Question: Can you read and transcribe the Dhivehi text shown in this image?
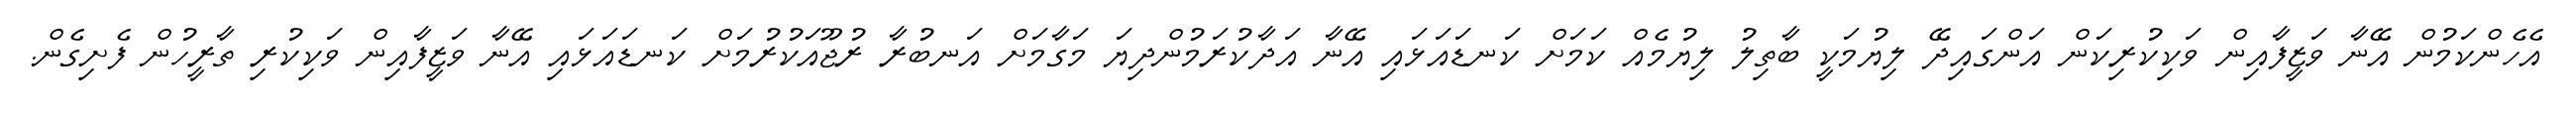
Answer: އެހެންކަމުން އޭނާ ވަޒީފާއިން ވަކިކުރިކަން އަންގައިދޭ ލިޔުމަކީ ބާތިލު ލިޔުމެއް ކަމަށް ކަނޑައަޅައި އޭނާ އަދާކުރަމުންދިޔަ މަގާމަށް އަނބުރާ ރުޖޫއަކުރުމަށް ކަނޑައަޅައި އޭނާ ވަޒީފާއިން ވަކިކުރި ތާރީހުން ފެށިގެން.